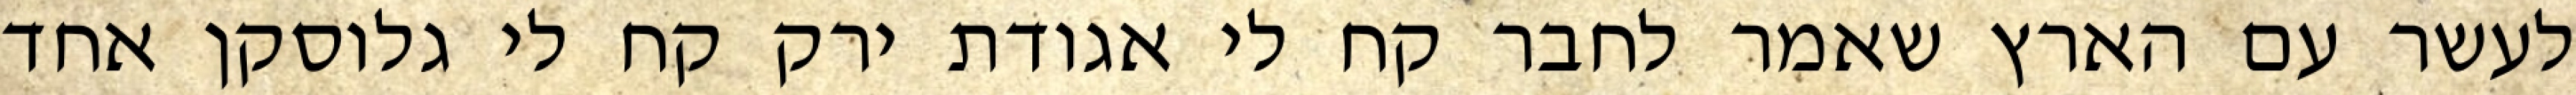
לעשר עם הארץ שאמר לחבר קח לי אגודת ירק קח לי גלוסקן אחד